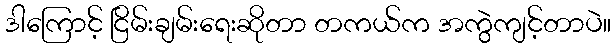
ဒါကြောင့် ငြိမ်းချမ်းရေးဆိုတာ တကယ်က အကွဲကျင့်တာပဲ။